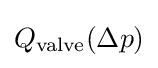
Q_{\mathrm {valve} }(\Delta p)